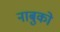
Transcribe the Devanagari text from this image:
नाबुको